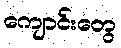
ကျောင်းတွေ